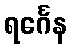
ရင်္ဂေန